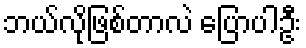
ဘယ်လိုဖြစ်တာလဲ ပြောပါဦး